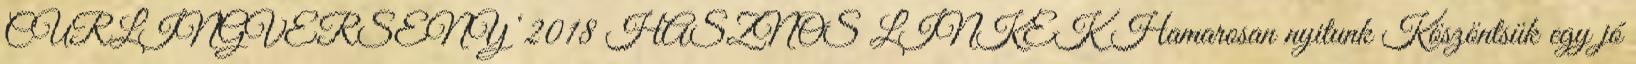
CURLINGVERSENY ‘2018 HASZNOS LINKEK Hamarosan nyitunk Köszöntsük egy jó